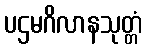
ပဌမဂိလာနသုတ္တံ